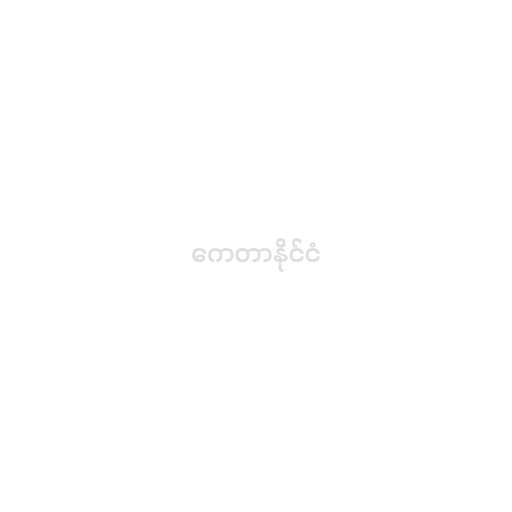
ကေတာနိုင်ငံ